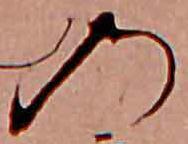
の